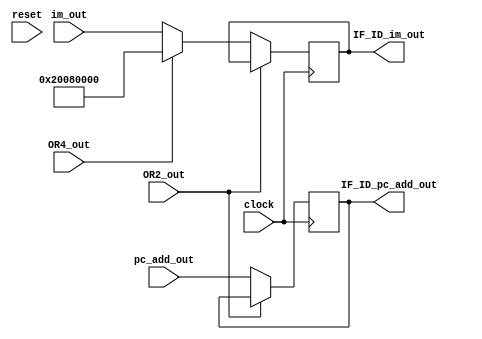
module IF_ID #(
    parameter NOP = 32'h20080000            // addi $t0, $zero, 0
)(
    input              clock,
    input              reset,
    input              OR2_out,
    input              OR4_out,
    input      [31: 0] pc_add_out,
    input      [31: 0] im_out,
    output reg [31: 0] IF_ID_pc_add_out,
    output reg [31: 0] IF_ID_im_out
);
    /*
        OR2_out : IF_ID_Stall
        OR4_out : IF_Flush
    */
    always @(posedge clock) 
    begin
        if (!OR2_out)                // update iff IF_ID_Write
        begin
            if (OR4_out)
                IF_ID_im_out = NOP;  // use NOP to flush and the pc_add_out won't be used later, so we don't care about pc_add_out there
            else
                IF_ID_im_out = im_out;
            IF_ID_pc_add_out = pc_add_out;
        end
    end

endmodule //IF_ID